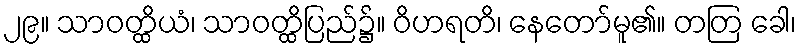
၂၉။ သာဝတ္ထိယံ၊ သာဝတ္ထိပြည်၌။ ဝိဟရတိ၊ နေတော်မူ၏။ တတြ ခေါ၊